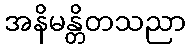
အနိမန္တိတသညာ